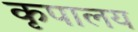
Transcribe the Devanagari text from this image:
कृपालय